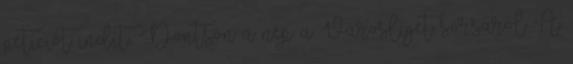
petíciót indít,. Döntsön a nép a Városliget sorsáról A